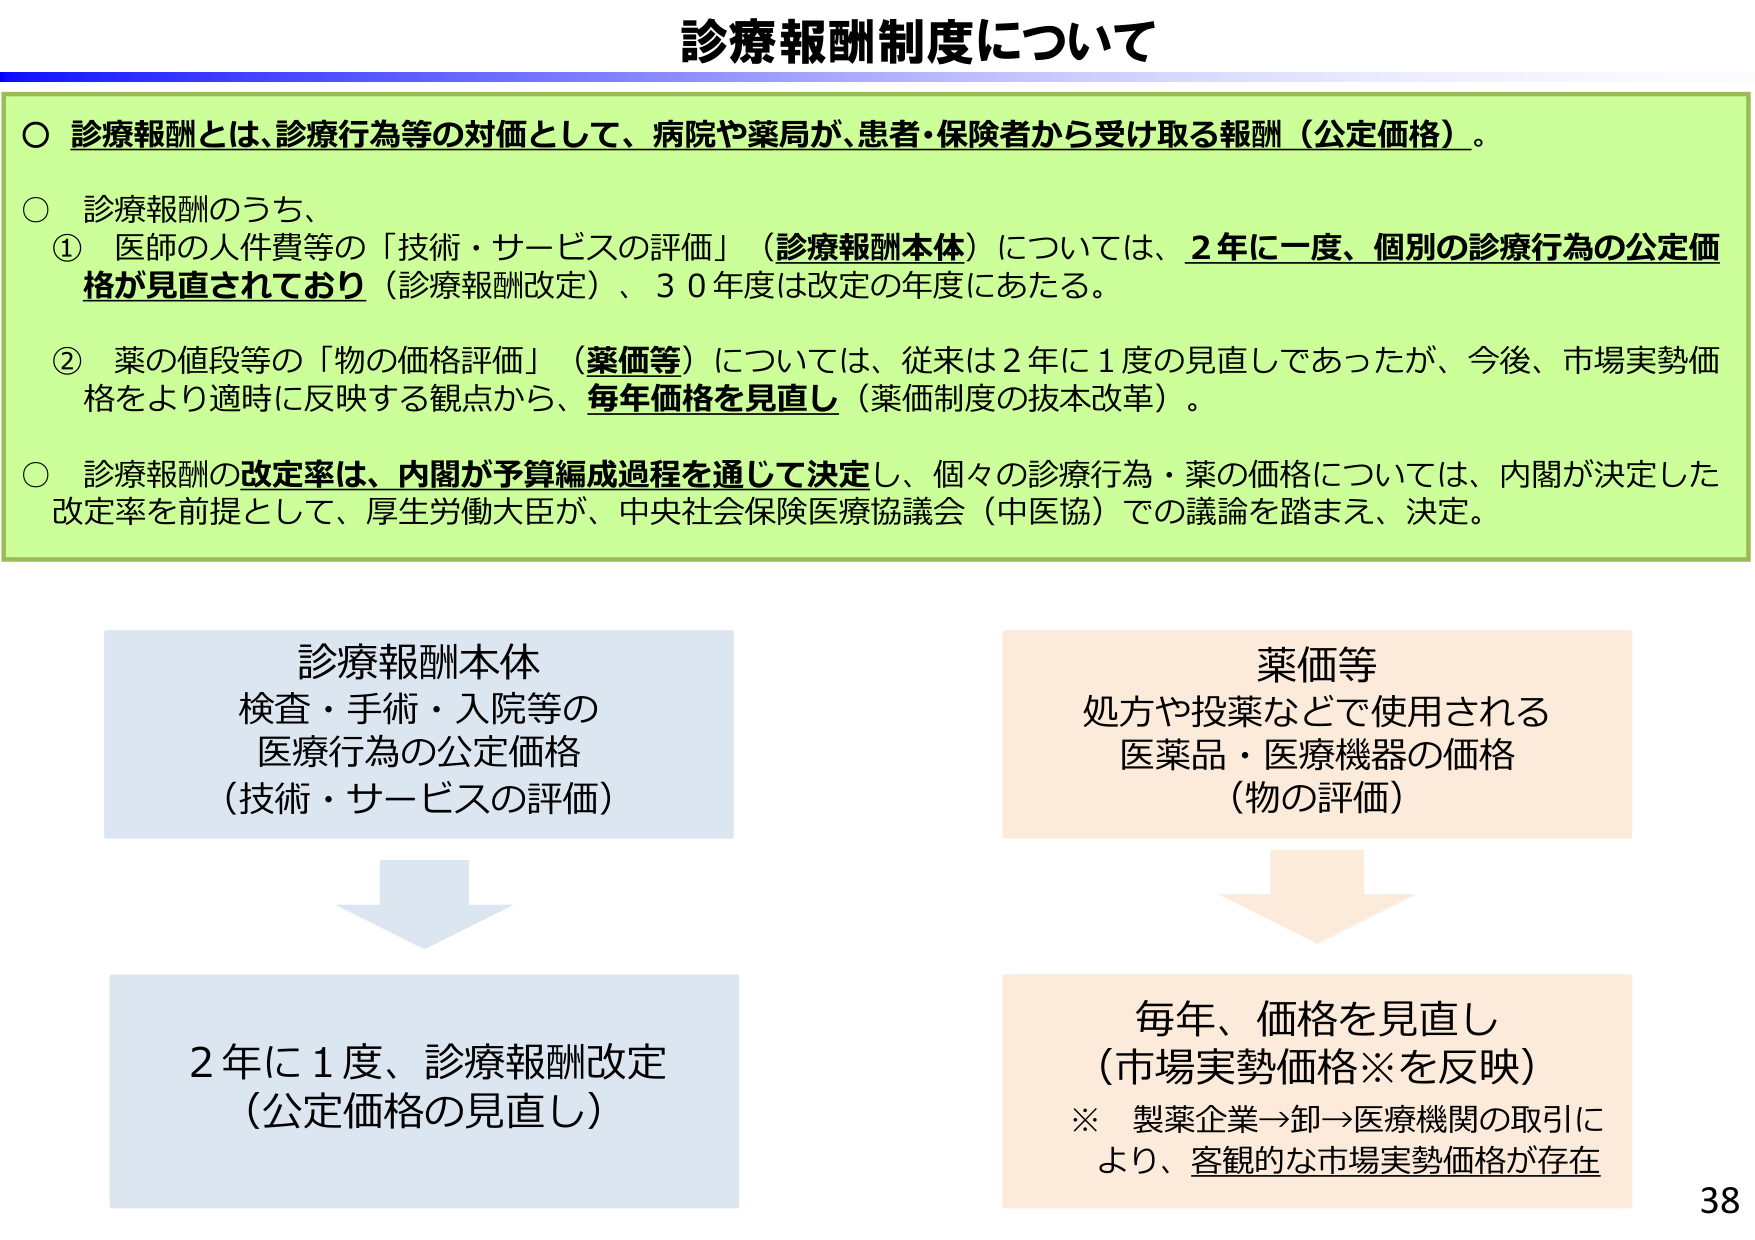
診療報酬制度について

○ 診療報酬とは、診療行為等の対価として、病院や薬局が、患者・保険者から受け取る報酬（公定価格）。

○ 診療報酬のうち、
① 医師の人件費等の「技術・サービスの評価」（診療報酬本体）については、2年に一度、個別の診療行為の公定価格が見直されており（診療報酬改定）、30年度は改定の年度にあたる。
② 薬の値段等の「物の価格評価」（薬価等）については、従来は2年に1度の見直しであったが、今後、市場実勢価格をより適時に反映する観点から、毎年価格を見直し（薬価制度の抜本改革）。

○ 診療報酬の改定率は、内閣が予算編成過程を通じて決定し、個々の診療行為・薬の価格については、内閣が決定した改定率を前提として、厚生労働大臣が、中央社会保険医療協議会（中医協）での議論を踏まえ、決定。

診療報酬本体
検査・手術・入院等の
医療行為の公定価格
（技術・サービスの評価）

薬価等
処方や投薬などで使用される
医薬品・医療機器の価格
（物の評価）

2年に1度、診療報酬改定
（公定価格の見直し）

毎年、価格を見直し
（市場実勢価格※を反映）
※ 製薬企業→卸→医療機関の取引により、客観的な市場実勢価格が存在

38